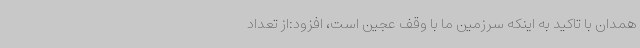
همدان با تاکید به اینکه سرزمین ما با وقف عجین است، افزود:از تعداد